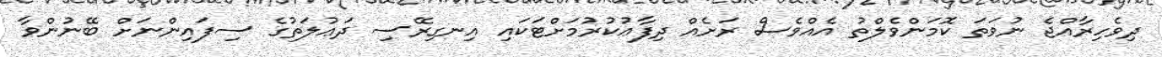
ދިވެހިރާއްޖެ ނުވަތަ ކޮމަންވެލްތު އެއްވެސް ރަށެއް ދިފާޢުކުރުމަށްޓަކައި އިނގިރޭސި ދަޢުލަތުގެ ސިފައިންނަށް ބޭނުންވާ